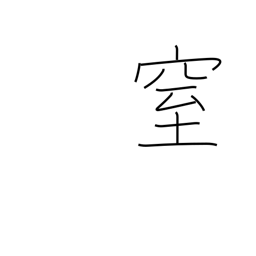
Meaning: plug up